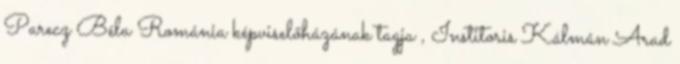
Parecz Béla Románia képviselőházának tagja , Institoris Kálmán Arad